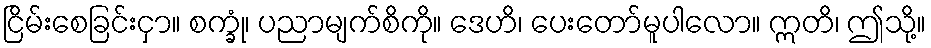
ငြိမ်းစေခြင်းငှာ။ စက္ခုံ၊ ပညာမျက်စိကို။ ဒေဟိ၊ ပေးတော်မူပါလော။ ဣတိ၊ ဤသို့။